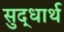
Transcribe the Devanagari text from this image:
सुद्धार्थ